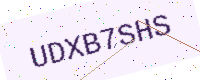
Text: UDXB7SHS